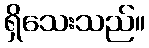
ရှိသေးသည်။